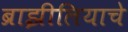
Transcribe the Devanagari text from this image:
ब्राझीलियाचे